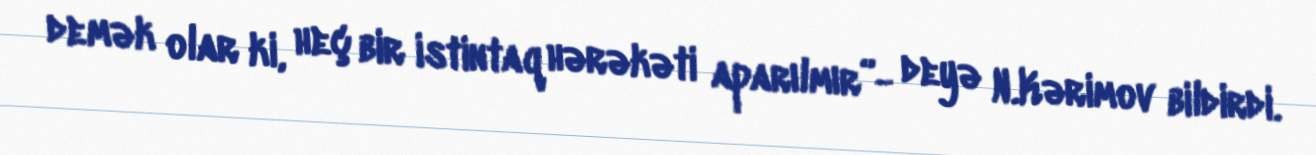
demək olar ki, heç bir istintaq hərəkəti aparılmır”- deyə N.Kərimov bildirdi.